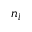
n _ { l }